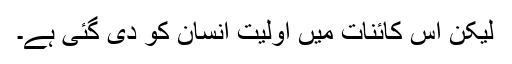
لیکن اس کائنات میں اولیت انسان کو دی گئی ہے۔